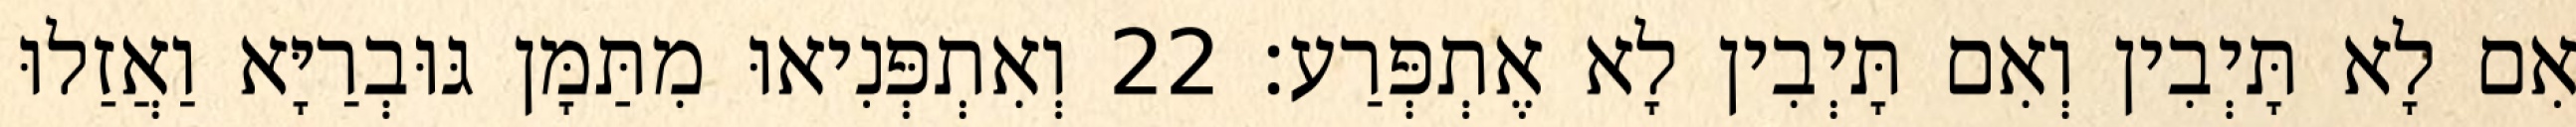
אִם לָא תָּיְבִין וְאִם תָּיְבִין לָא אֶתְפְּרַע׃ 22 וְאִתְפְּנִיאוּ מִתַּמָּן גּוּבְרַיָּא וַאֲזַלוּ